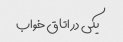
یکی در اتاق خواب